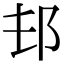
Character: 𨙲